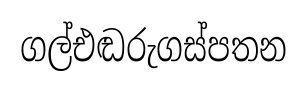
ගල්එඬරුගස්පතන